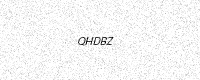
Text: QHDBZ